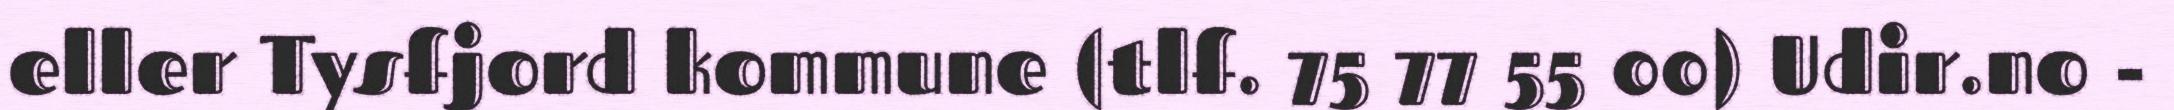
eller Tysfjord kommune (tlf. 75 77 55 00) Udir.no -